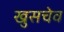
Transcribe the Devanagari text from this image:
खुसचेव